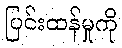
ပြင်းထန်မှုကို